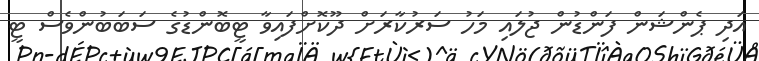
އަދި ޕެންޝަން ފަންޑުން ޖުލައި މަހު ސަރުކާރަށް ދޫކޮށްފައިވާ ޓީބޮންޑުގެ ސަބަބުންވެސް ޓީ